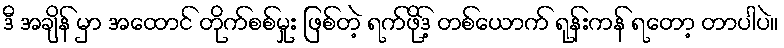
ဒီ အချိန် မှာ အထောင် တိုက်စစ်မှုး ဖြစ်တဲ့ ရက်ဖိုဒ့် တစ်ယောက် ရုန်းကန် ရတော့ တာပါပဲ။